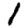
Digit: 1